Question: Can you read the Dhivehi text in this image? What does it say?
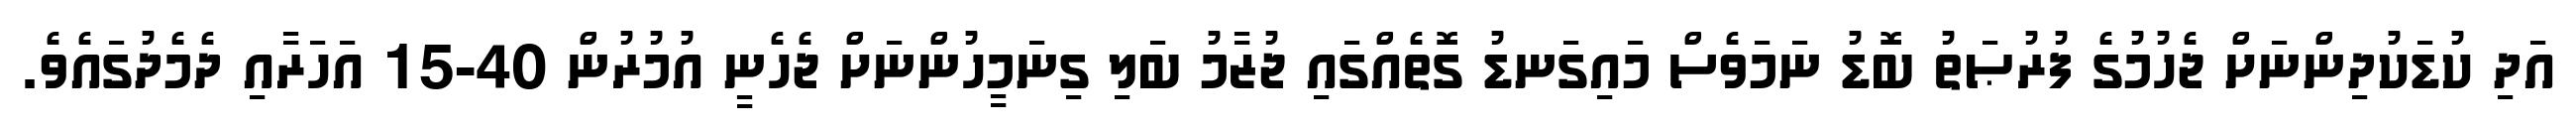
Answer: އަދި ކުޑަކުދިންނަށް ޖެހުމުގެ ފުރުޞަތު ބޮޑު ނަމަވެސް މައިގަނޑު ގޮތެއްގައި ޖުޒާމު ބަލި ގިނަމީހުންނަށް ޖެހެނީ އުމުރުން 40-15 އަހަރާއި ދެމެދުގައެވެ.